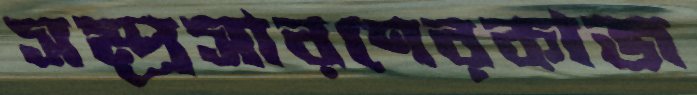
সম্প্রসারণেরকাজ